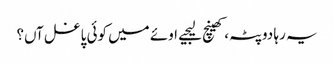
یہ رہا دوپٹہ، کھینچ لیجیے	اوئے میں کوئی پاغل آں؟